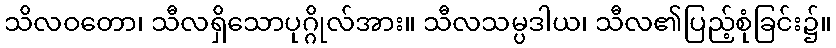
သိလဝတော၊ သီလရှိသောပုဂ္ဂိုလ်အား။ သီလသမ္ပဒါယ၊ သီလ၏ပြည့်စုံခြင်း၌။